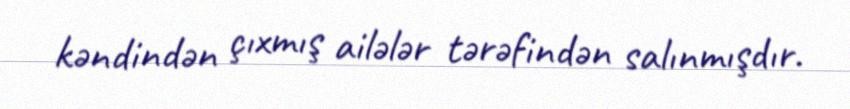
kəndindən çıxmış ailələr tərəfindən salınmışdır.